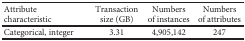
| Attribute characteristic | Transaction size (GB) | Numbers of instances | Numbers of attributes |
 | --- | --- | --- | --- |
 | Categorical, integer | 3.31 | 4,905,142 | 247 |